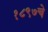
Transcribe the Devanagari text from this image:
१८९७चे